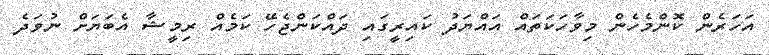
އަހަރެން ކޮންމެހެން މިވާހަކަތައް އައްޔަދު ކައިރީގައި ދައްކަންޖެހޭ ކަމެއް ރިމީޝާ އެބަޔަށް ނުވަދެ